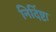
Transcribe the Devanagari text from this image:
निर्दिष्टा